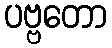
ပဗ္ဗတော